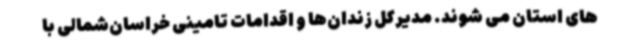
های استان می شوند. مدیرکل زندان‌ها و اقدامات تامینی خراسان‌شمالی با